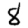
Digit: 8